Mental hospitals Bombay report 1921-28 - 1921-1928
Year: 1921
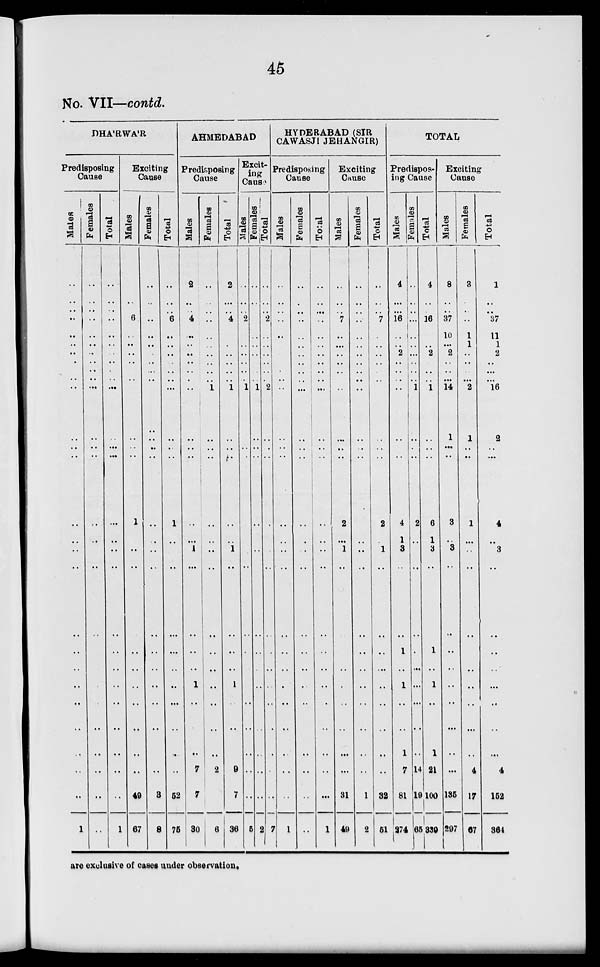
45
No. VII—contd.
DHA'RWA'R
Predisposing
Cause
Males
..
..
..
..
..
..
..
..
..
..
..
..
..
..
..
..
..
..
..
..
..
..
..
..
..
..
..
1
Females
..
..
..
..
..
..
..
..
..
..
..
..
..
..
..
..
..
..
..
..
..
..
..
..
..
..
..
..
Total
..
..
..
..
..
..
..
..
..
..
..
..
..
..
..
..
..
..
..
..
..
..
..
..
..
..
..
1
Exciting
Cause
Males
..
..
..
6
..
..
..
..
..
..
..
..
..
..
1
..
..
..
..
..
..
..
..
..
..
..
49
67
Females
..
..
..
..
..
..
..
..
..
..
..
..
..
..
..
..
..
..
..
..
..
..
..
..
..
..
3
8
Total
..
..
..
6
..
..
..
..
..
..
..
..
..
..
1
..
..
..
..
..
..
..
..
..
..
52
75
AHMEDABAD
Predisposing
Cause
Males
2
..
..
4
..
..
..
..
..
..
..
..
..
..
..
..
1
..
..
..
..
1
..
..
..
7
7
30
Females
..
..
..
..
..
..
..
..
..
..
1
..
..
..
..
..
..
..
..
..
..
..
..
..
..
2
..
6
Total
2
..
..
4
..
..
..
..
..
..
1
..
..
..
..
..
1
..
..
..
..
1
..
..
..
9
7
36
Excit-
ing
Cause
Males
..
..
..
2
..
..
..
..
..
..
1
..
..
..
..
..
..
..
..
..
..
..
..
..
..
..
..
5
Females
..
..
..
..
..
..
..
..
..
..
1
..
..
..
..
..
..
..
..
..
..
..
..
..
..
..
..
2
Total
..
..
..
2
..
..
..
..
..
..
2
..
..
..
..
..
..
..
..
..
..
..
..
..
..
..
..
7
HYDERABAD (SIR
CAWASJI JEHANGIR)
Predisposing
Cause
Males
..
..
..
..
..
..
..
..
..
..
..
..
..
..
..
..
..
..
..
..
..
..
..
..
..
..
..
1
Females
..
..
..
..
..
..
..
..
..
..
..
..
..
..
..
..
..
..
..
..
..
..
..
..
..
..
..
..
Total
..
..
..
..
..
..
..
..
..
..
..
..
..
..
..
..
..
..
..
..
..
..
..
..
..
..
..
1
Exciting
Cause
Males
..
..
..
7
..
..
..
..
..
..
..
..
..
..
2
..
1
..
..
..
..
..
..
..
..
..
31
49
Females
..
..
..
..
..
..
..
..
..
..
..
..
..
..
..
..
..
..
..
..
..
..
..
..
..
..
1
2
Total
..
..
..
7
..
..
..
..
..
..
..
..
..
..
2
..
1
..
..
..
..
..
..
..
..
..
32
51
TOTAL
Predispos-
ing Cause
Males
4
..
..
16
..
..
2
..
..
..
..
..
..
..
4
1
3
..
..
1
..
1
..
..
1
7
81
274
Females
..
..
..
..
..
..
..
..
..
..
1
..
..
..
2
..
..
..
..
..
..
..
..
..
..
14
19
65
Total
4
..
..
16
..
..
2
..
..
..
1
..
..
..
6
1
3
..
..
1
..
1
..
..
1
21
100
339
Exciting
Cause
Males
8
..
..
37
10
..
2
..
..
..
14
1
..
..
3
..
3
..
..
..
..
..
..
..
..
..
135
297
Females
3
..
..
..
1
1
..
..
..
..
2
1
..
..
1
..
..
..
..
..
..
..
..
..
..
4
17
67
Total
11
..
..
37
11
1
2
..
..
..
16
2
..
..
4
..
3
..
..
..
..
...
..
..
..
4
152
364
are exclusive of cases under observation.